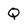
Character: Q